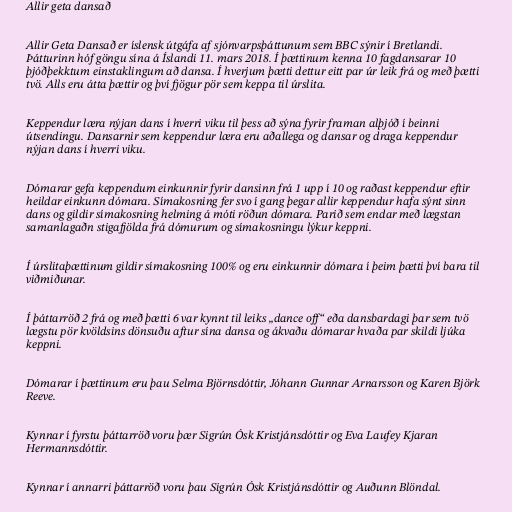
Allir geta dansað

Allir Geta Dansað er íslensk útgáfa af sjónvarpsþáttunum sem BBC sýnir í Bretlandi.
Þátturinn hóf göngu sína á Íslandi 11. mars 2018. Í þættinum kenna 10 fagdansarar 10
þjóðþekktum einstaklingum að dansa. Í hverjum þætti dettur eitt par úr leik frá og með þætti
tvö. Alls eru átta þættir og því fjögur pör sem keppa til úrslita.

Keppendur læra nýjan dans í hverri viku til þess að sýna fyrir framan alþjóð í beinni
útsendingu. Dansarnir sem keppendur læra eru aðallega og dansar og draga keppendur
nýjan dans í hverri viku.

Dómarar gefa keppendum einkunnir fyrir dansinn frá 1 upp í 10 og raðast keppendur eftir
heildar einkunn dómara. Símakosning fer svo í gang þegar allir keppendur hafa sýnt sinn
dans og gildir símakosning helming á móti röðun dómara. Parið sem endar með lægstan
samanlagaðn stigafjölda frá dómurum og símakosningu lýkur keppni.

Í úrslitaþættinum gildir símakosning 100% og eru einkunnir dómara í þeim þætti því bara til
viðmiðunar.

Í þáttarröð 2 frá og með þætti 6 var kynnt til leiks „dance off“ eða dansbardagi þar sem tvö
lægstu pör kvöldsins dönsuðu aftur sína dansa og ákvaðu dómarar hvaða par skildi ljúka
keppni.

Dómarar í þættinum eru þau Selma Björnsdóttir, Jóhann Gunnar Arnarsson og Karen Björk
Reeve.

Kynnar í fyrstu þáttarröð voru þær Sigrún Ósk Kristjánsdóttir og Eva Laufey Kjaran
Hermannsdóttir.

Kynnar í annarri þáttarröð voru þau Sigrún Ósk Kristjánsdóttir og Auðunn Blöndal.